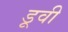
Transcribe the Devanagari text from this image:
डूवी